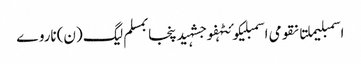
اسمبلیملتانقومی اسمبلیکوئٹہفوجشہیدپنجابمسلم لیگ (ن)ناروے